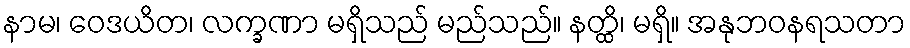
နာမ၊ ဝေဒယိတ၊ လက္ခဏာ မရှိသည် မည်သည်။ နတ္ထိ၊ မရှိ။ အနုဘဝနရသတာ